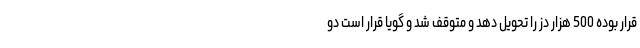
قرار بوده 500 هزار دُز را تحویل دهد و متوقف شد و گویا قرار است دو